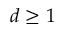
d \geq 1